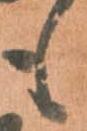
も